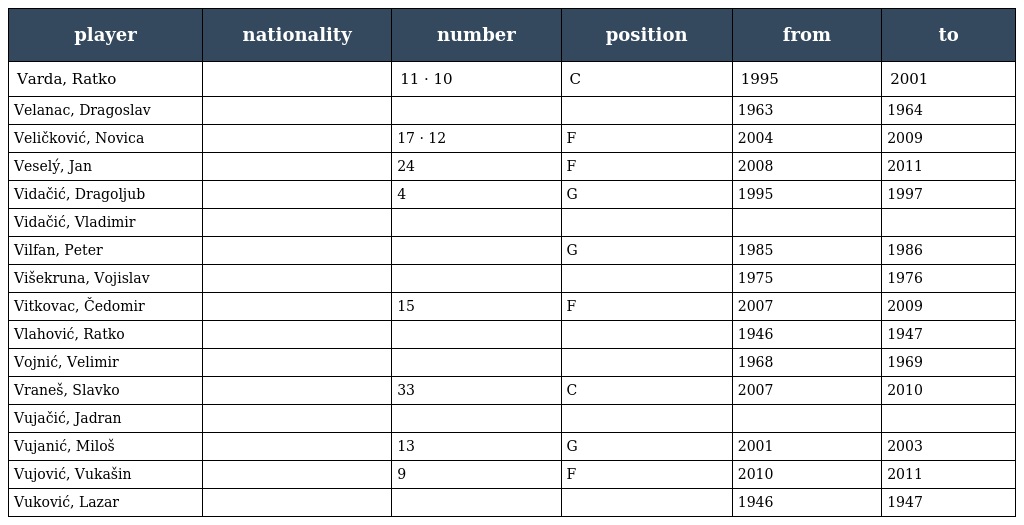
| player | nationality | number | position | from | to |
 | --- | --- | --- | --- | --- | --- |
 | Varda, Ratko |  | 11 · 10 | C | 1995 | 2001 |
 | Velanac, Dragoslav |  |  |  | 1963 | 1964 |
 | Veličković, Novica |  | 17 · 12 | F | 2004 | 2009 |
 | Veselý, Jan |  | 24 | F | 2008 | 2011 |
 | Vidačić, Dragoljub |  | 4 | G | 1995 | 1997 |
 | Vidačić, Vladimir |  |  |  |  |  |
 | Vilfan, Peter |  |  | G | 1985 | 1986 |
 | Višekruna, Vojislav |  |  |  | 1975 | 1976 |
 | Vitkovac, Čedomir |  | 15 | F | 2007 | 2009 |
 | Vlahović, Ratko |  |  |  | 1946 | 1947 |
 | Vojnić, Velimir |  |  |  | 1968 | 1969 |
 | Vraneš, Slavko |  | 33 | C | 2007 | 2010 |
 | Vujačić, Jadran |  |  |  |  |  |
 | Vujanić, Miloš |  | 13 | G | 2001 | 2003 |
 | Vujović, Vukašin |  | 9 | F | 2010 | 2011 |
 | Vuković, Lazar |  |  |  | 1946 | 1947 |